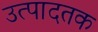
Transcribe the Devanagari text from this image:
उत्पादतक